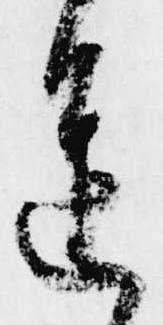
進